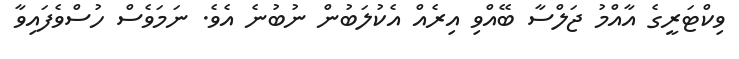
ވިކްޓަރީގެ އާއްމު ޖަލްސާ ބޭއްވި އިރެއް އެކުލަބުން ނުބުނެ އެވެ. ނަމަވެސް ހުސްވެފައިވާ